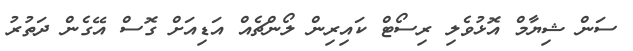
ސަން ޝިޔާމް އޮޅުވެލި ރިސޯޓް ކައިރިން ލޯންޗެއް އަޑިއަށް ގޮސް އޭގެން ދަތުރު